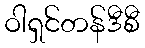
ဝါရှင်တန်ဒီစီ